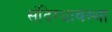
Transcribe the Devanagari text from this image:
संदिग्धावस्था